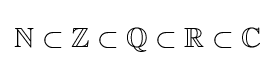
\mathbb {N} \subset \mathbb {Z} \subset \mathbb {Q} \subset \mathbb {R} \subset \mathbb {C}